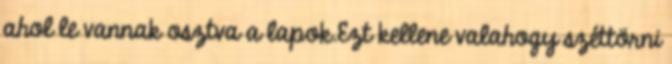
ahol le vannak osztva a lapok.Ezt kellene valahogy széttörni